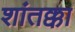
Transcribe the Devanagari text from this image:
शांतक्का